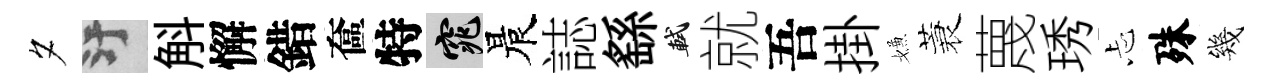
夕污斛懈錯奩特窕晨誌繇軾就吾掛嫌蓑蔑琇忐殊幾